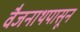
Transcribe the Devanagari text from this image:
वैजनाथपासून